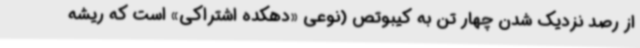
از رصد نزدیک شدن چهار تن به کیبوتص (نوعی «دهکده اشتراکی» است که ریشه